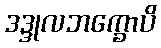
ဒဒ္ဒုလဘက္ခောပိ